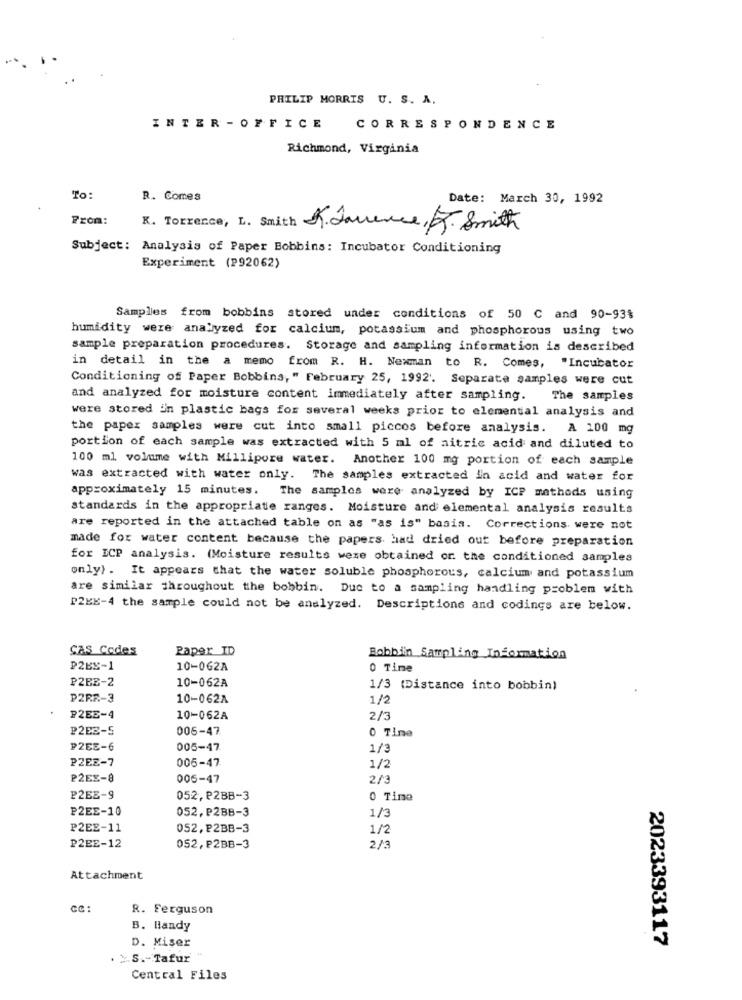
PHILIP MORRIS U. S. A.
INTER - OFFICE
CORRESPONDENCE
Richmond, Virginia
To:
R. Comes
Date: March 30, 1992
From:
K. Torrence, L. Smith K.Javence, R. Smith
Subject: Analysis of Paper Bobbins: Incubator Conditioning
Experiment (P92062)
Samples from bobbins stored under conditions of 50 C and 90-93%
humidity were analyzed for calcium, potassium and phosphorous using two
sample preparation procedures. Storage and sampling information is described
in detail in the a memo from R. H. Newman to R. Comes, "Incubator
Conditioning of Paper Bobbins," February 25, 1992'. Separate samples were cut
and analyzed for moisture content immediately after sampling. The samples
were stored in plastic bags for several weeks prior to elemental analysis and
the paper samples were cut into small piccos before analysis. A 100 mg
portion of each sample was extracted with 5 ml of aitric acid and diluted to
100 ml volume with Millipore water. Another 100 mg portion of each sample
was extracted with water only. The samples extracted in acid and water for
approximately 15 minutes.
The samples were analyzed by ICP methods using
standards in the appropriate ranges. Moisture and elemental analysis results
are reported in the attached table on as "as is" basis. Corrections were not
made for water content because the papers had dried out before preparation
for ECP analysis. (Moisture results were obtained or. the conditioned samples
only) . It appears that the water soluble phosphorous, calcium and potassium
are similar throughout the bobbin. Due to a sampling handling problem with
P2EE-4 the sample could not be analyzed. Descriptions and codings are below.
Cas Codes
Paper ID
Bobbysin Sampling Information
P2BE-1
10-062A
0 Time
P2BE-2
10-062A
1/3 (Distance into bobbin)
PZRF-3
10-062A
1/2
P2EE-4
10-062A
2/3
P2EE-5
006-47
0 Time
P2EE-6
005-47
1/3
PZEE-7
005-47
1/2
P2EE-8
005-47
2/3
P2EE-9
052, P2BB-3
0 Time
P2EE-10
052, P2BB-3
1/3
P2EE-11
052, P2BB-3
1/2
P2EE-12
052, P2BB-3
2/3
Attachment
CC:
R. Ferguson
B. Handy
2023393117
D. Miser
. `S .- Tafur
Central Files